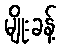
မျိုးခန့်